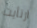
ارتأيت